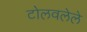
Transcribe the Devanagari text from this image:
टोलवलेले